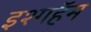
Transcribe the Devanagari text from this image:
इश्गहॅम